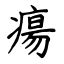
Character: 瘍